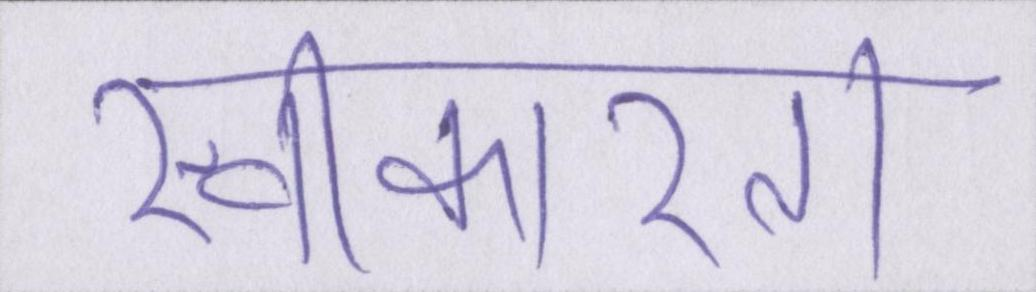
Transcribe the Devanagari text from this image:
स्वीकारता